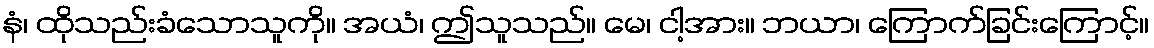
နံ၊ ထိုသည်းခံသောသူကို။ အယံ၊ ဤသူသည်။ မေ၊ ငါ့အား။ ဘယာ၊ ကြောက်ခြင်းကြောင့်။